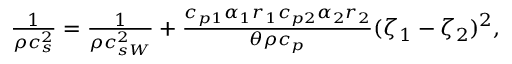
\begin{array} { r } { \frac { 1 } { \rho c _ { s } ^ { 2 } } = \frac { 1 } { \rho c _ { s W } ^ { 2 } } + \frac { c _ { p 1 } \alpha _ { 1 } r _ { 1 } c _ { p 2 } \alpha _ { 2 } r _ { 2 } } { \theta \rho c _ { p } } ( \zeta _ { 1 } - \zeta _ { 2 } ) ^ { 2 } , } \end{array}